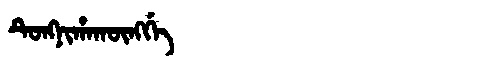
Manchu: ᡨᡠᠩᠨᡳᡥᠠᡴᡡᠩᡤᡝ
Romanization: TUNGNIHAKŪNGGE